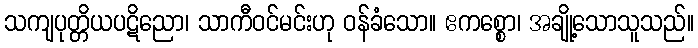
သကျပုတ္တိယပဋိညော၊ သာကီဝင်မင်းဟု ဝန်ခံသော။ ဧကစ္စော၊ အချို့သောသူသည်။